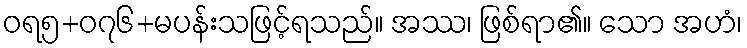
ဝရ၅+၀၇၆+မပန်းသဖြင့်ရသည်။ အဿ၊ ဖြစ်ရာ၏။ သော အဟံ၊